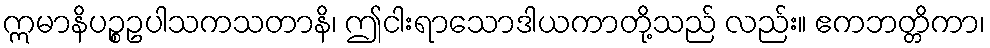
ဣမာနိပဉ္စဥပါသကသတာနိ၊ ဤငါးရာသောဒါယကာတို့သည် လည်း။ ဧကဘတ္တိကာ၊